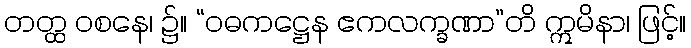
တတ္ထ ဝစနေ၊ ၌။ “ဝဓကဋ္ဌေန ဧကလက္ခဏာ”တိ ဣမိနာ၊ ဖြင့်။